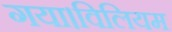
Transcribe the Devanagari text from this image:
गया।विलियम